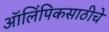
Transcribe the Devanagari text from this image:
ऑलिंपिकसाठीचे